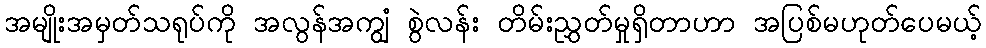
အမျိုးအမှတ်သရုပ်ကို အလွန်အကျွံ စွဲလန်း တိမ်းညွှတ်မှုရှိတာဟာ အပြစ်မဟုတ်ပေမယ့်